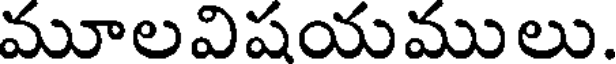
మూలవిషయములు.